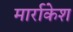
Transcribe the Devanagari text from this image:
मार्राकेश